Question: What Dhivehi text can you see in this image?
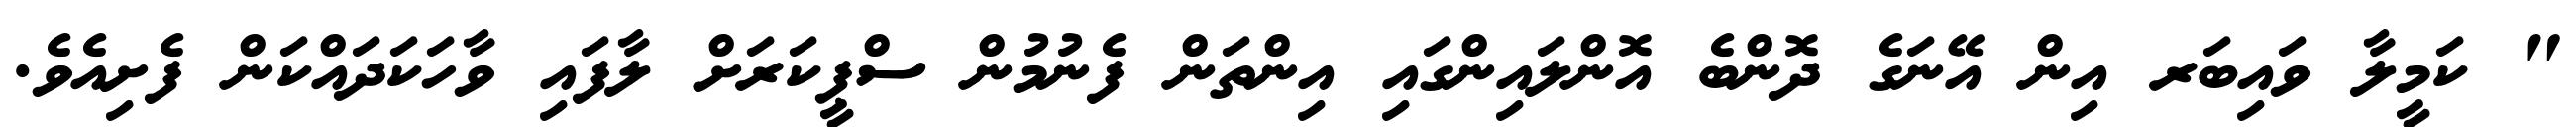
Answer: " ކަމީލާ ވައިބަރ އިން އޭނަގެ ދޮންބެ އޮންލައިންގައި އިންތަން ފެނުމުން ސްޕީކަރަށް ލާފައި ވާހަކަދައްކަން ފެށިއެވެ.